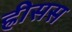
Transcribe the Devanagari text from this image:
ह्रीसस